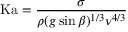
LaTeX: \mathrm { K a } = { \frac { \sigma } { \rho ( g \sin \beta ) ^ { 1 / 3 } \nu ^ { 4 / 3 } } }